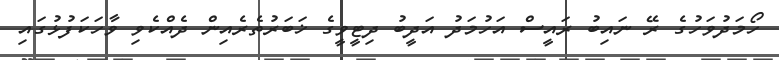
ހޯމަދުވަހުގެ ރޭ ނައިބު ރައީސް އަހުމަދު އަދީބު ދިޓީވީގެ ޚަބަރުތެރެއިން ދެއްކެވި ވާހަކަފުޅުގައި